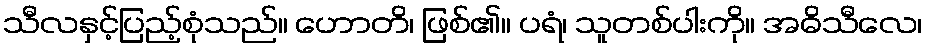
သီလနှင့်ပြည့်စုံသည်။ ဟောတိ၊ ဖြစ်၏။ ပရံ၊ သူတစ်ပါးကို။ အဓိသီလေ၊